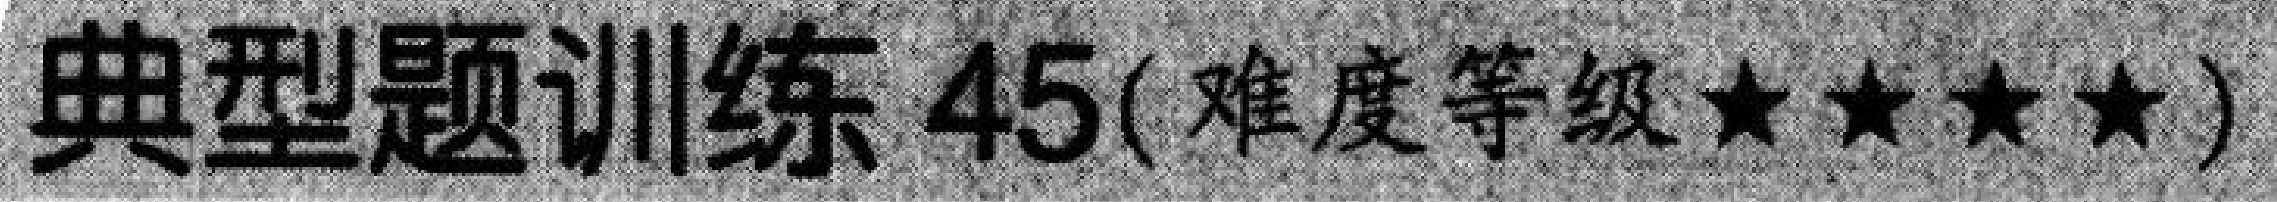
典型题训练 \(45\)(难度等级 \(\star\star\star\star\))